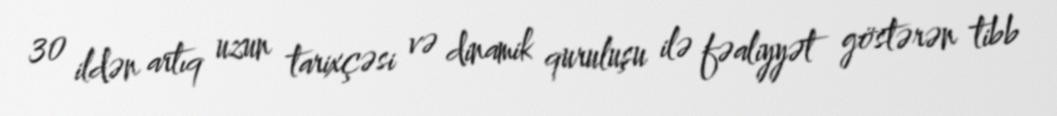
30 ildən artıq uzun tarixçəsi və dinamik quruluşu ilə fəaliyyət göstərən tibb